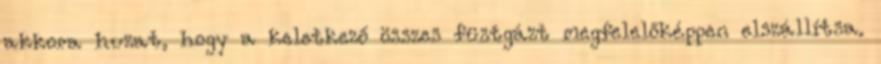
akkora huzat, hogy a keletkező összes füstgázt megfelelőképpen elszállítsa.